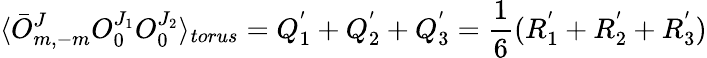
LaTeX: \langle\bar{O}_{m,-m}^{J}O_{0}^{J_{1}}O_{0}^{J_{2}}\rangle_{torus}=Q_{1}^{'}+Q_{2}^{'}+Q_{3}^{'}=\frac{1}{6}(R_{1}^{'}+R_{2}^{'}+R_{3}^{'})